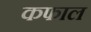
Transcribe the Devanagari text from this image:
कफाल